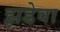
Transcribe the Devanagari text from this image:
झडेवा